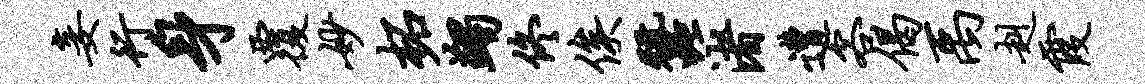
妾行身覆妙柘蠲佟俟蚕渚遭客偈禹赳霞